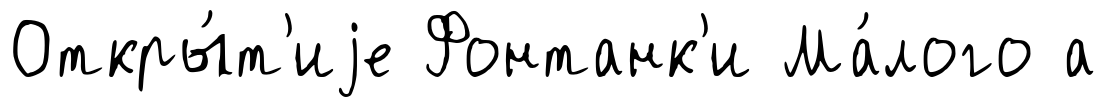
Откры́т'иjе Фонтанк'и Ма́лого а